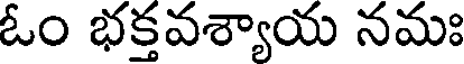
ఓం భక్తవశ్యాయ నమః